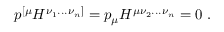
p ^ { [ \mu } H ^ { \nu _ { 1 } . . . \nu _ { n } ] } = p _ { \mu } H ^ { \mu \nu _ { 2 } . . . \nu _ { n } } = 0 \ .